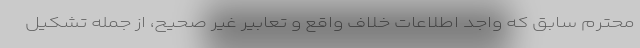
محترم سابق که واجد اطلاعات خلاف واقع و تعابیر غیر صحیح، از جمله تشکیل